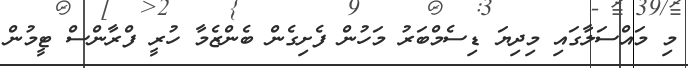
މި މައްސަލާގައި މިދިޔަ ޑިސެމްބަރު މަހުން ފެށިގެން ބެންޒެމާ ހުރީ ފްރާންސް ޓީމުން